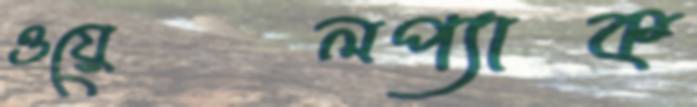
ওয়েলপ্যাক